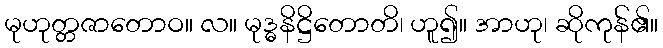
မုဟုတ္တဇာတောဝ။ လ။ မုဒ္ဓနိဋ္ဌိတောတိ၊ ဟူ၍။ အာဟု၊ ဆိုကုန်၏။